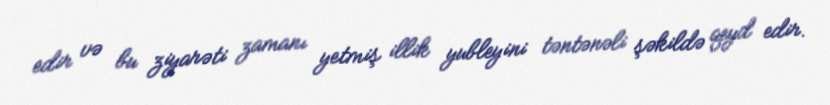
edir və bu ziyarəti zamanı yetmiş illik yubleyini təntənəli şəkildə qeyd edir.